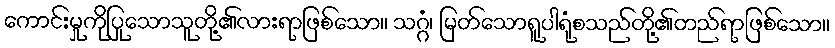
ကောင်းမှုကိုပြုသောသူတို့၏လားရာဖြစ်သော။ သဂ္ဂံ၊ မြတ်သောရူပါရုံစသည်တို့၏တည်ရာဖြစ်သော။